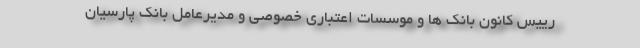
رییس کانون بانک ها و موسسات اعتباری خصوصی و مدیرعامل بانک پارسیان